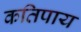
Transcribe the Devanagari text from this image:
कतिपाय